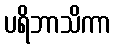
ပရိဘာသိကာ